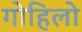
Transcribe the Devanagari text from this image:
गोहिलो